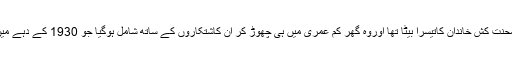
ٹینگو کا باپ ٹوہوکو کے ایک محنت کش خاندان کاتیسرا بیٹا تھا اوروہ گھر کم عمری میں ہی چھوڑ کر ان کاشتکاروں کے ساتھ شامل ہوگیا جو 1930 کے دہے میں ہجرت کر کے منچوریا آگئے۔